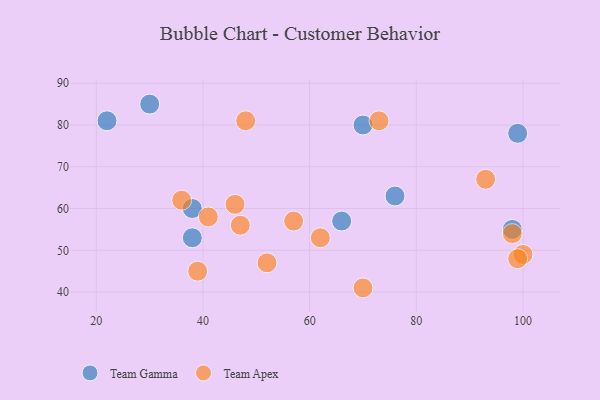
{"axis": {"x": "GDP", "y": "Life Expectancy"}, "legend": ["Team Apex", "Team Gamma"], "data": [{"x": "30", "y": 85, "type": "Team Gamma"}, {"x": "98", "y": 55, "type": "Team Gamma"}, {"x": "38", "y": 53, "type": "Team Gamma"}, {"x": "70", "y": 80, "type": "Team Gamma"}, {"x": "38", "y": 60, "type": "Team Gamma"}, {"x": "22", "y": 81, "type": "Team Gamma"}, {"x": "66", "y": 57, "type": "Team Gamma"}, {"x": "76", "y": 63, "type": "Team Gamma"}, {"x": "99", "y": 78, "type": "Team Gamma"}, {"x": "46", "y": 61, "type": "Team Apex"}, {"x": "100", "y": 49, "type": "Team Apex"}, {"x": "98", "y": 54, "type": "Team Apex"}, {"x": "39", "y": 45, "type": "Team Apex"}, {"x": "70", "y": 41, "type": "Team Apex"}, {"x": "47", "y": 56, "type": "Team Apex"}, {"x": "62", "y": 53, "type": "Team Apex"}, {"x": "48", "y": 81, "type": "Team Apex"}, {"x": "52", "y": 47, "type": "Team Apex"}, {"x": "57", "y": 57, "type": "Team Apex"}, {"x": "93", "y": 67, "type": "Team Apex"}, {"x": "73", "y": 81, "type": "Team Apex"}, {"x": "41", "y": 58, "type": "Team Apex"}, {"x": "99", "y": 48, "type": "Team Apex"}, {"x": "36", "y": 62, "type": "Team Apex"}]}